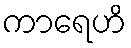
ကာရေဟိ